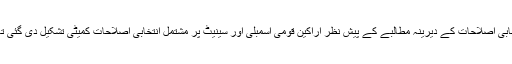
انتخابی اصلاحات کے دیرینہ مطالبے کے پیش نظر اراکین قومی اسمبلی اور سینیٹ پر مشتمل انتخابی اصلاحات کمیٹی تشکیل دی گئی تھی۔